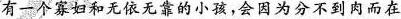
有一个寡妇和无依无靠的小孩，会因为分不到肉而在